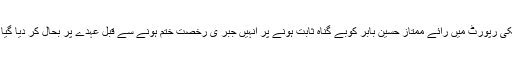
اس سلسلہ میں انکوائری کمیٹی تشکیل دی گئی جسکی رپورٹ میں رائے ممتاز حسین بابر کوبے گناہ ثابت ہونے پر انہیں جبر ی رخصت ختم ہونے سے قبل عہدے پر بحال کر دیا گیا ہے اور انہوں نے عہدے کا چارج سنبھال لیا ہے ۔